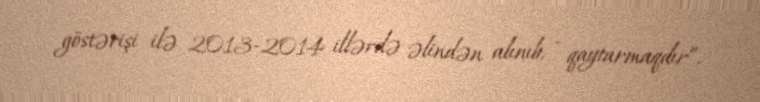
göstərişi ilə 2013-2014 illərdə əlindən alınıb, - qaytarmaqdır”.